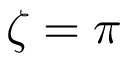
\zeta = \pi